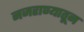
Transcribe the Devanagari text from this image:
नजराण्यातून